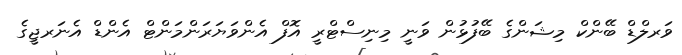
ވަރލްޑް ބޭންކް މިޝަންގެ ބޭފުޅުން ވަނީ މިނިސްޓްރީ އޮފް އެންވަޔަރަންމަންޓް އެންޑް އެނަރޖީގެ